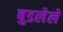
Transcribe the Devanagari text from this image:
बुडलेले